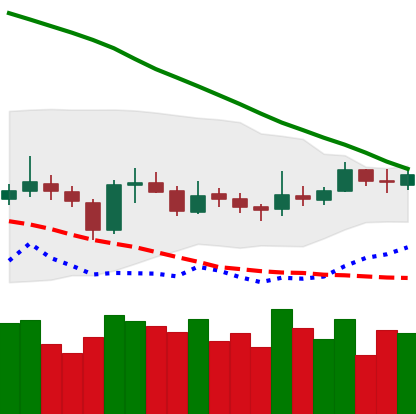
Ticker: XRP-USD
Chart end date: 2019-03-19
Forward return: -3.223%
Label: down_3_5